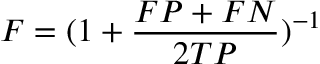
F = ( 1 + \frac { F P + F N } { 2 T P } ) ^ { - 1 }